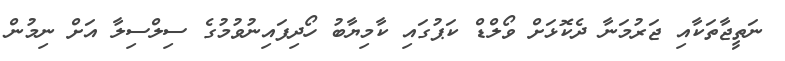
ނަތީޖާތަކާއި ޖަރުމަނާ ދެކޮޅަށް ވޯލްޑް ކަޕުގައި ކާމިޔާބު ހޯދިފައިނުވުމުގެ ސިލްސިލާ އަށް ނިމުން